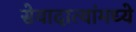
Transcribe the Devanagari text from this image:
सेवादात्यांमध्ये